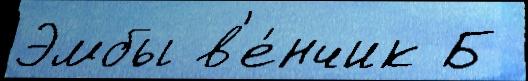
Эмбы в'е́нчик Б